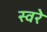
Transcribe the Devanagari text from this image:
स्वरे